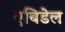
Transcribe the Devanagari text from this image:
एबिडेल